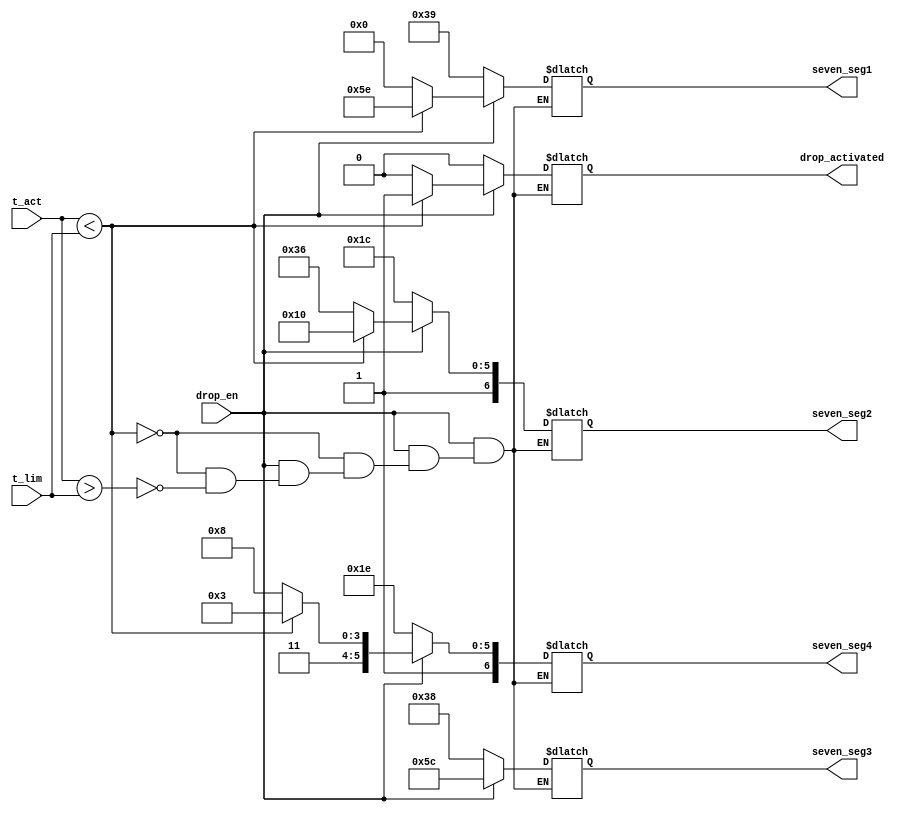
//////////////////////////////////////////////////////////////////////////////////

// Necula Mihai, 332AB

//////////////////////////////////////////////////////////////////////////////////
module display_and_drop(
    output reg [6:0] seven_seg1,
    output reg [6:0] seven_seg2,
    output reg [6:0] seven_seg3,
    output reg [6:0] seven_seg4,
    output reg [0:0] drop_activated,
    input [15:0] t_act,
    input [15:0] t_lim,
    input drop_en
    );

always @(*) begin

if(!drop_en) begin
	// cold
	seven_seg1 = 7'b0111001;
	seven_seg2 = 7'b1011100;
	seven_seg3 = 7'b0111000;
	seven_seg4 = 7'b1011110;
	drop_activated = 0;
end

else if (t_act < t_lim) begin
	// drop
	seven_seg1 = 7'b1011110;
	seven_seg2 = 7'b1010000;
	seven_seg3 = 7'b1011100;
	seven_seg4 = 7'b1110011;
	drop_activated = 1;

end

else if(t_act > t_lim) begin
	// hot
	seven_seg1 = 7'b0000000;
	seven_seg2 = 7'b1110110;
	seven_seg3 = 7'b1011100;
	seven_seg4 = 7'b1111000;
	drop_activated = 0;
end
end

endmodule